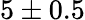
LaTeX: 5\pm 0.5